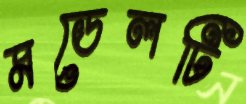
মডেলটি